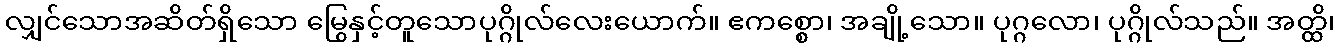
လျှင်သောအဆိတ်ရှိသော မြွေနှင့်တူသောပုဂ္ဂိုလ်လေးယောက်။ ဧကစ္စော၊ အချို့သော။ ပုဂ္ဂလော၊ ပုဂ္ဂိုလ်သည်။ အတ္ထိ၊